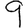
Digit: 9